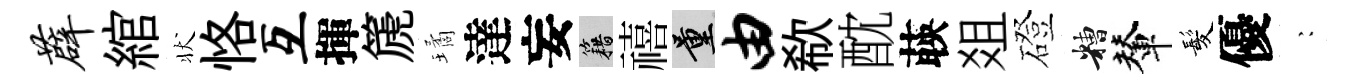
薜綰状恪互揮篪璚達妄籍禧量由欷酖𦴤爼磴糟輦髪優巍